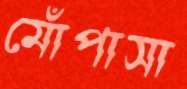
মোঁপাসা